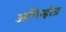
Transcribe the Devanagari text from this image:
अगिन्होत्र